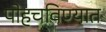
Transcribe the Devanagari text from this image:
पोहचविण्यात